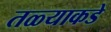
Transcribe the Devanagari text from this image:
तळ्याकडे